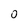
Character: 0